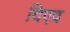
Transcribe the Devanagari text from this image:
दिएद